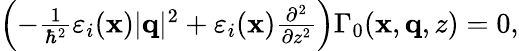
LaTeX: \begin{array}{r}{\left(-\frac{1}{\hbar^{2}}\varepsilon_{i}(\mathbf{x})|\mathbf{q}|^{2}+\varepsilon_{i}(\mathbf{x})\frac{\partial^{2}}{\partial z^{2}}\right)\Gamma_{0}(\mathbf{x},\mathbf{q},z)=0,}\end{array}